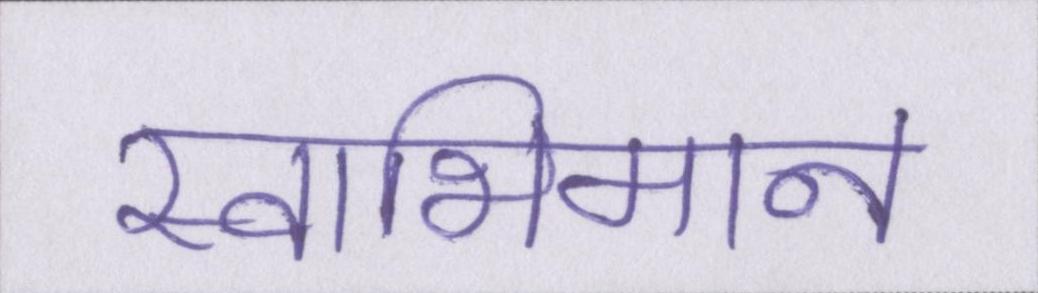
स्वाभिमान